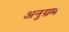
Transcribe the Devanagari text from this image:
अनुग्रम